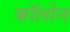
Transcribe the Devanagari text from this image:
काॅलोन